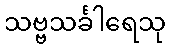
သဗ္ဗသင်္ခါရေသု